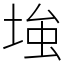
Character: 𡌺